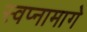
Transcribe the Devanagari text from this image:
स्वप्नामागे